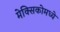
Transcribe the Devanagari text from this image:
मेक्‍सिकोमध्ये